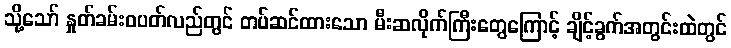
သို့သော် နှုတ်ခမ်းဝပတ်လည်တွင် တပ်ဆင်ထားသော မီးဆလိုက်ကြီးတွေကြောင့် ချိင့်ခွက်အတွင်းထဲတွင်